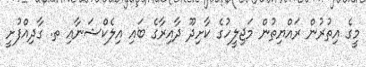
މީގެ އިތުރުން ރައްޔިތުން މަޖިލީހުގެ ކާށިދޫ ދާއިރާގެ ބައި އިލެކްޝަނާއި ތ. ގާދިއްފުށީ